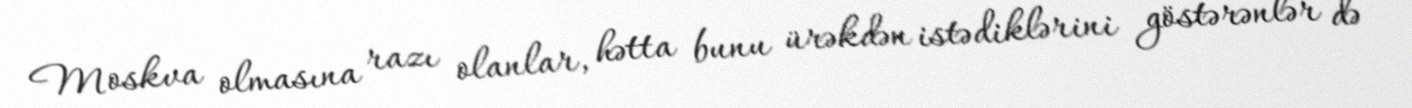
Moskva olmasına razı olanlar, hətta bunu ürəkdən istədiklərini göstərənlər də